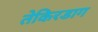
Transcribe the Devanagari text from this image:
तेकिरडाग